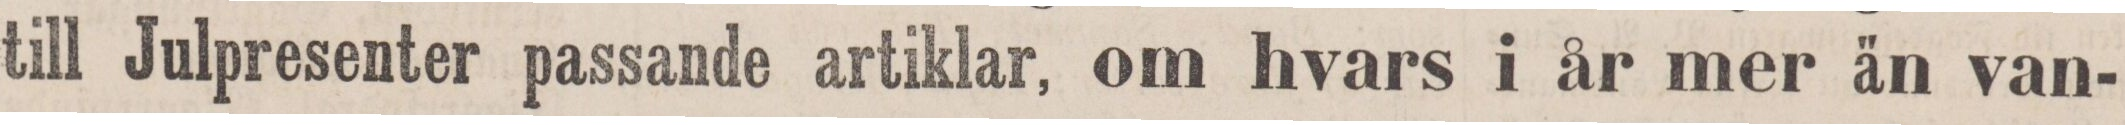
till Julpresenter passande artiklar, om hvars i år mer än van-